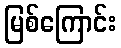
မြစ်ကြောင်း